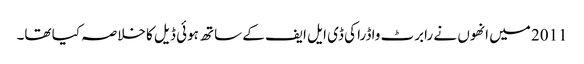
2011 میں انھوں نے رابرٹ واڈرا کی ڈی ایل ایف کے ساتھ ہوئی ڈیل کا خلاصہ کیا تھا۔